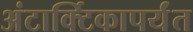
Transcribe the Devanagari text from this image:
अंटार्क्टिकापर्यंत